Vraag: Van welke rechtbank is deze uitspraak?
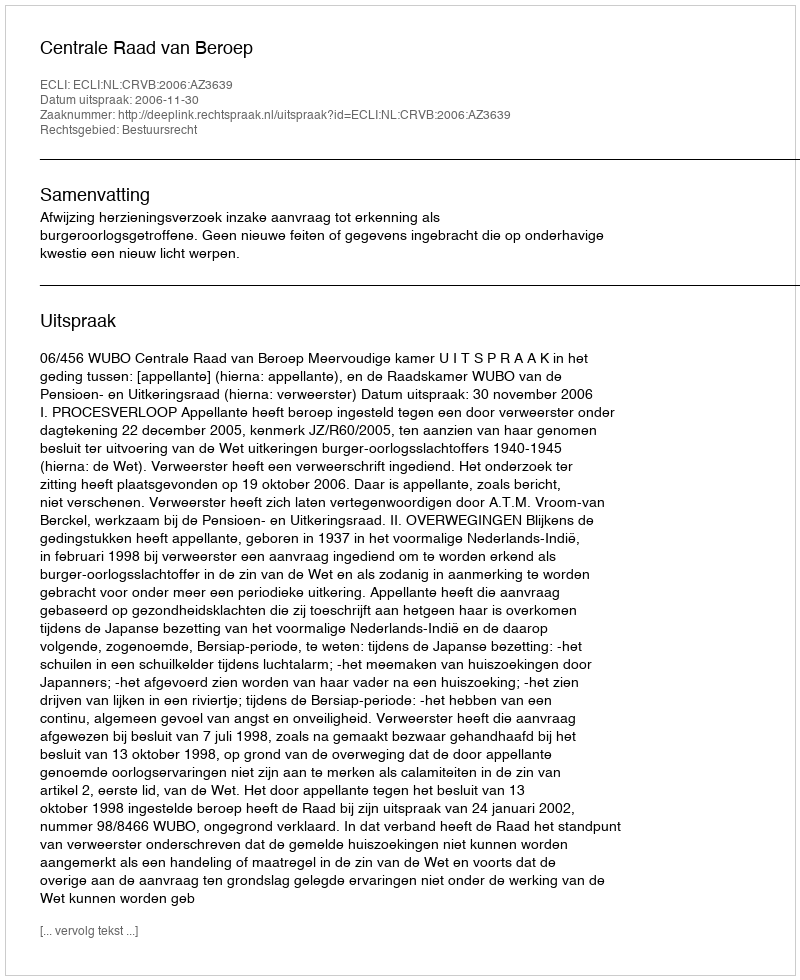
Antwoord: Centrale Raad van Beroep